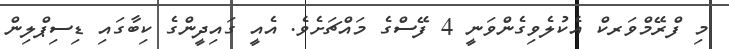
މި ފްރޭމްވަރކް އެކުލެވިގެންވަނީ 4 ފޭސްގެ މައްޗަށެވެ. އެއީ ގައިދީންގެ ކިބާގައި ޑިސިޕްލިން